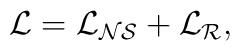
\cal{L} = \cal{L}_{NS} + \cal{L}_R ,